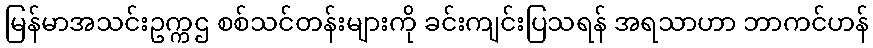
မြန်မာအသင်းဥက္ကဌ စစ်သင်တန်းများကို ခင်းကျင်းပြသရန် အရသာဟာ ဘာကင်ဟန်